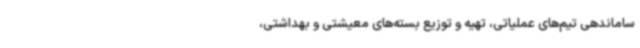
ساماندهی تیم‌های عملیاتی، تهیه و توزیع بسته‌های معیشتی و بهداشتی،